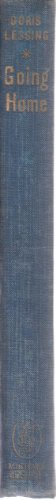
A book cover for Going home; Doris May Lessing; Travel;